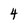
Character: 4